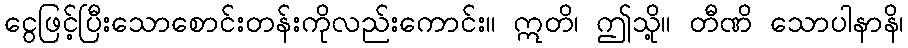
ငွေဖြင့်ပြီးသောစောင်းတန်းကိုလည်းကောင်း။ ဣတိ၊ ဤသို့။ တီဏိ သောပါနာနိ၊